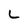
Character: L